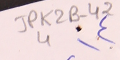
JPK2B-42 	4	٤)